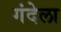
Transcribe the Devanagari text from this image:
गंदेला